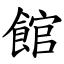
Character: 館